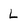
Character: L